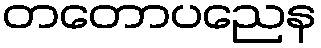
တတောပညေန